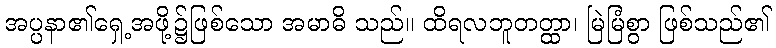
အပ္ပနာ၏ရှေ့အဖို့၌ဖြစ်သော အမာဓိ သည်။ ထိရလဘူတတ္ထာ၊ မြဲမြံစွာ ဖြစ်သည်၏